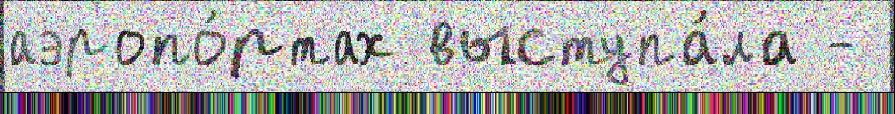
аэропо́ртах выступа́ла -